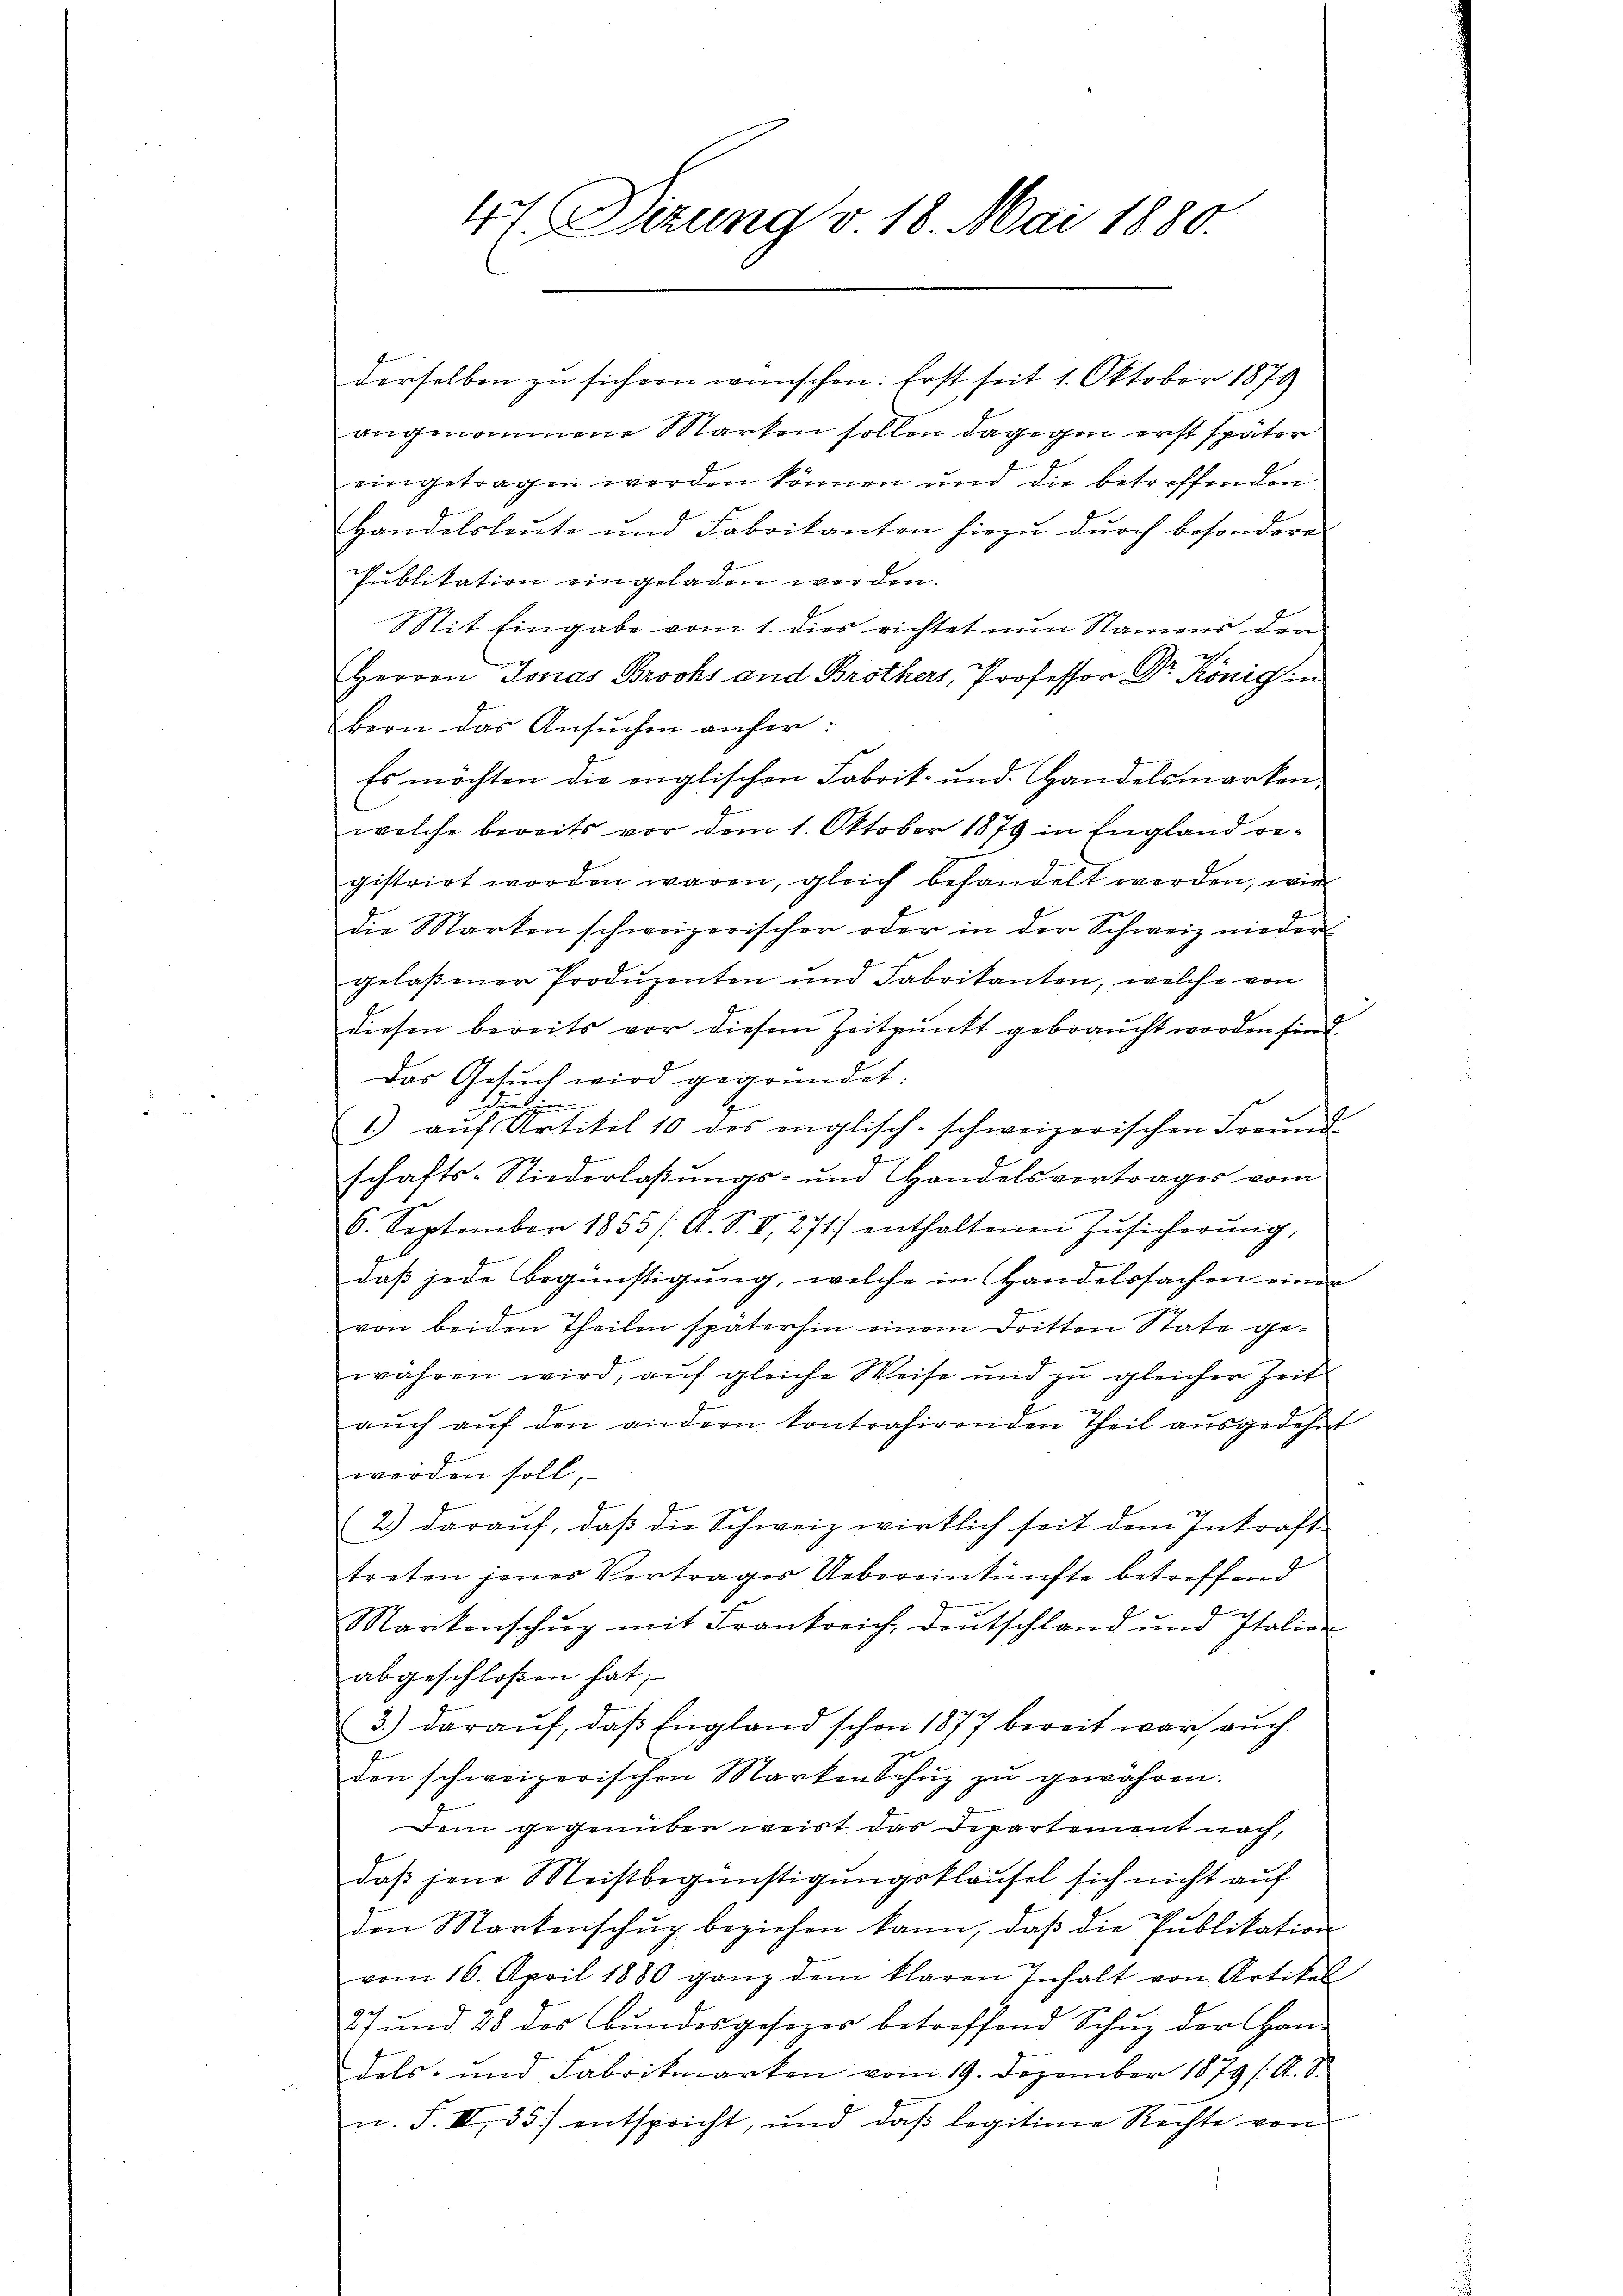
angenommene Marken sollen dagegen erst später
eingetragen worden können und die betreffenden
Handelsleute und Fabrikanten hiezu durch besondere
Publikation eingeladen werden.
Sit Eingabe vom 1. dies richtet nun Namens der
a
Herrn Jonas Brocks and Brothers, Professor Dr. König in
bern das Ansuchen anher:
Es möchten die englischen Fabrik- und Handelsmarken
welche bereits vor dem 1. Oktober 1879 in England re-
gistrirt worden waren, gleich behandelt werden, wie
die Marken schweizerischer oder in der Schweiz niedergelaßener Produzenten und Fabrikanton, welche von
diesen bereits vor diesem Zeitpunkt gebraucht worden sind.
Das Gesuch wird gegründet.
dund in
1) aŭf Artikel 10 des englisch-schweizerischen Freund
schafts-Niederlaßungs- und Handelsvertrages vom
6. September 1855 /: A. S. II, 271) enthaltenen Zŭsicherŭng,
daß jede Begünstigung, welche in Handelssachen einen
von beiden Theilen späterhin einem Dritten State gewähren wird, aŭf gleiche Weise und zŭ gleicher Zeit
auch auf den andern kontrahirenden Theil ausgedehnt
werden soll
2.) daraŭf, daβ die Schweiz wirklich seit dem Inkraft
treten jener Vertrages Uebereinkünfte betreffend
Markenschŭg mit Frankreich, Deutschland und Italien
abgeschlossen hat; |
3.) darauf, daß England schon 1877 bereit war, auch
den schweizerischen Marken Schŭz zu gewahren.
Dem gegenüber weist das Departement nach,
daß jene Meistbegünstigungsklaufel sich nicht auf
den Markenschŭp beziehen kann, daβ die Pŭblikation
vom 16. April 1880 ganz dem klaren Inhalt von Artikel
27 und 28 des Bŭndesgesezes betreffend Schŭz der Handels- und Fabritmarken vom 19. Dezember 1879 s. A. S.
u. F. II 35 entspricht, und daβ legitime Rechte von

4t. Sizung v. 18. Mai 1880.

derselben zu sichern wünschen. Erst seit 1. Oktober 1879